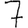
Digit: 7